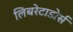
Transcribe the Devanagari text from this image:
लिबरेटाडोर्स